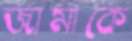
জামাকে